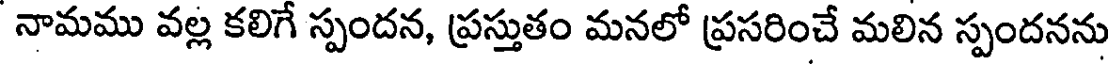
నామము వల్ల కలిగే స్పందన, ప్రస్తుతం మనలో ప్రసరించే మలిన స్పందనను